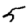
Digit: 5